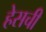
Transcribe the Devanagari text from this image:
हेसची